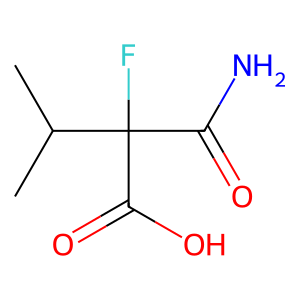
SMILES: CC(C)C(F)(C(N)=O)C(=O)O
Inhibits HIV replication: No